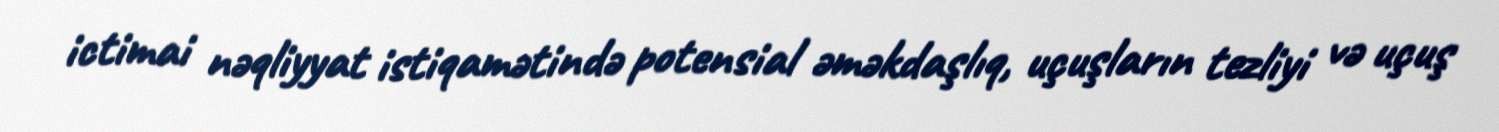
ictimai nəqliyyat istiqamətində potensial əməkdaşlıq, uçuşların tezliyi və uçuş